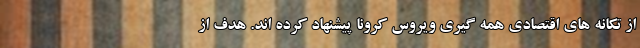
از تکانه های اقتصادی همه گیری ویروس کرونا پیشنهاد کرده اند. هدف از